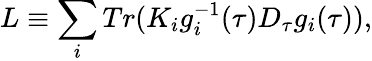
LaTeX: L\equiv\sum_{i}Tr(K_{i}g_{i}^{-1}(\tau)D_{\tau}g_{i}(\tau)),